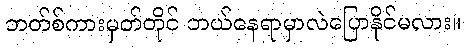
ဘတ်စ်ကားမှတ်တိုင် ဘယ်နေရာမှာလဲပြောနိုင်မလား။